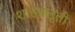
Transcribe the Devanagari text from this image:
शाहबलूती